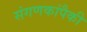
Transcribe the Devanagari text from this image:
संगणकांपैकी